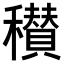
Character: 𥣪